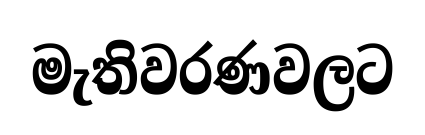
මැතිවරණවලට